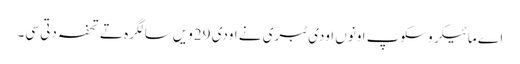
اے مائیکروسکوپ اونوں اودی ٹبری نے اودی 29ویں سالگرہ تے تحفہ دتی سی۔